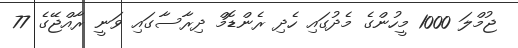
ޖުމްލަ 1000 މީހުންގެ މެދުގައި ހެދި ރެންޑޮމް ދިރާސާގައި ވަނީ ރާއްޖޭގެ 77